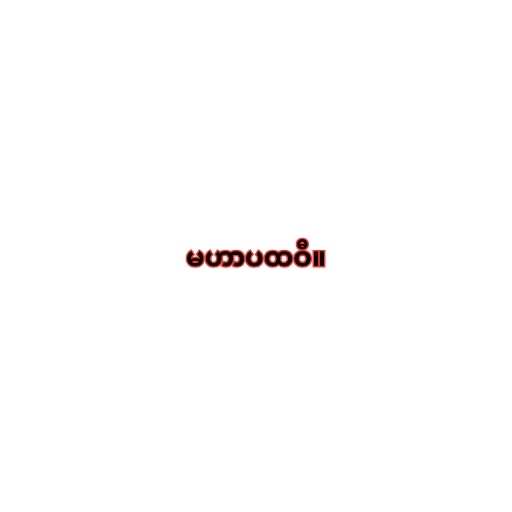
မဟာပထဝီ။